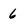
Character: 6